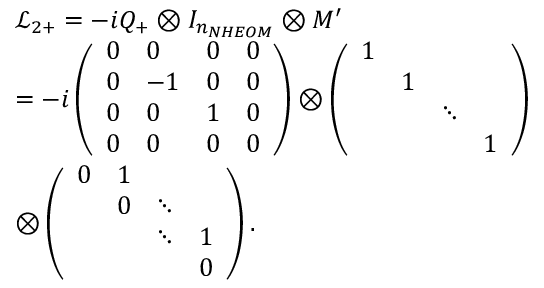
\begin{array} { r l } & { { \mathcal { L } _ { 2 + } } = - i Q _ { + } \otimes { { I } _ { { { n } _ { N H E O M } } } } \otimes M ^ { \prime } } \\ & { = - i \left( \begin{array} { l l l l } { 0 } & { 0 } & { 0 } & { 0 } \\ { 0 } & { - 1 } & { 0 } & { 0 } \\ { 0 } & { 0 } & { 1 } & { 0 } \\ { 0 } & { 0 } & { 0 } & { 0 } \end{array} \right) \otimes \left( \begin{array} { l l l l } { 1 } & { } & { } & { } \\ { } & { 1 } & { } & { } \\ { } & { } & { \ddots } & { } \\ { } & { } & { } & { 1 } \end{array} \right) } \\ & { \otimes \left( \begin{array} { l l l l } { 0 } & { 1 } & { } & { } \\ { } & { 0 } & { \ddots } & { } \\ { } & { } & { \ddots } & { 1 } \\ { } & { } & { } & { 0 } \end{array} \right) . } \end{array}